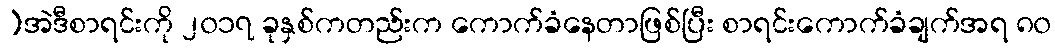
]အဲဒီစာရင်းကို ၂၀၁၇ ခုနှစ်ကတည်းက ကောက်ခံနေတာဖြစ်ပြီး စာရင်းကောက်ခံချက်အရ ၈၀